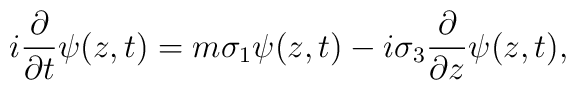
i \frac {\partial}{\partial t} \psi (z, t) = m \sigma_1 \psi (z, t)-i \sigma_3 \frac {\partial}{\partial z} \psi (z, t),